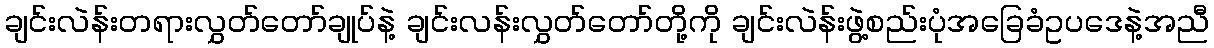
ချင်းလဲန်းတရားလွှတ်တော်ချုပ်နဲ့ ချင်းလန်းလွှတ်တော်တို့ကို ချင်းလဲန်းဖွဲ့စည်းပုံအခြေခံဥပဒေနဲ့အညီ